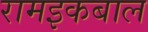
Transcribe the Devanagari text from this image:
रामइकबाल